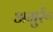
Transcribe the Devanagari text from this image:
अमुर्रू